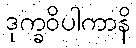
ဒုက္ခဝိပါကာနိ